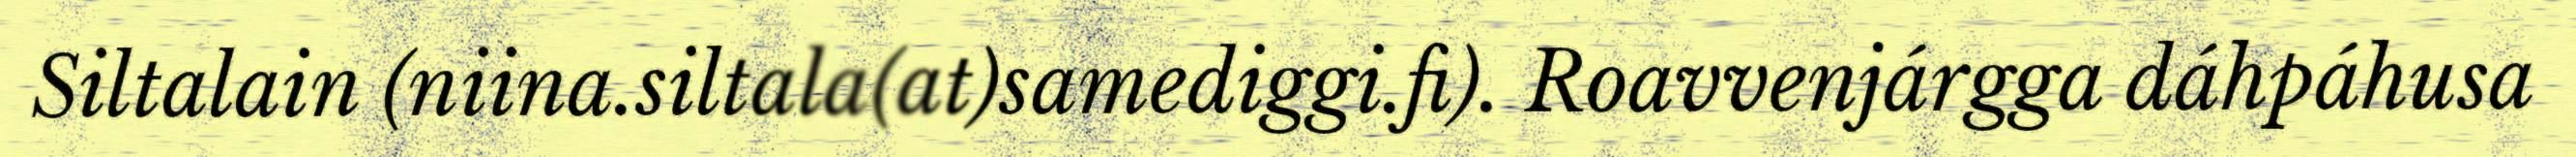
Siltalain (niina.siltala(at)samediggi.fi). Roavvenjárgga dáhpáhusa